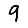
Digit: 9